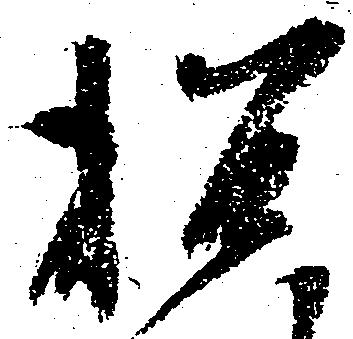
招